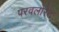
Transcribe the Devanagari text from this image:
परवलोरेट